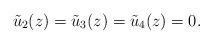
LaTeX: \begin{align*}\tilde u_2(z)=\tilde u_3(z)=\tilde u_4(z) = 0.\end{align*}